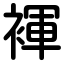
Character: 褌